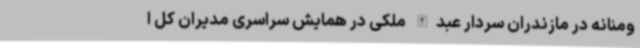
ومنانه در مازندران سردار عبدالله ملکی در همایش سراسری مدیران کل ا